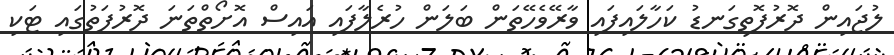
ލުޖައިން ދޮރުފޮތިގަނޑު ކަހާލައިފައި ވާރޭވެހޭތަން ބަލަން ހުރެލާފައި އައިސް އޮށޯތްތަނަ ދޮރުފަތުގައި ޓަކި